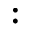
: